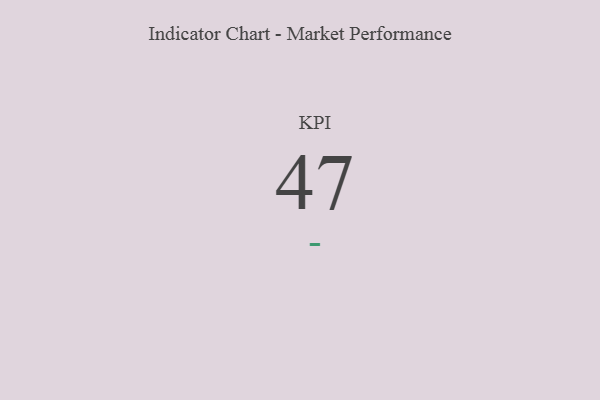
{"axis": {"x": "KPI", "y": "Value"}, "legend": [""], "data": [{"x": "KPI", "y": 47, "type": ""}]}